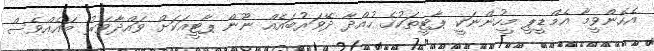
އެހެންވީމާ އެމްޑީޕީ މީހުންނަކީ ޕާޓީތަކުގެ ހުއްދާ ދޭވަރުބައެއް ނޫން ޕާޓީއަކަށް ވައްދާވަރު ބައެއްވެސް